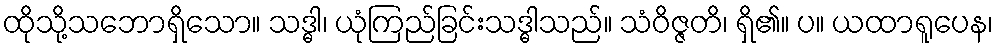
ထိုသို့သဘောရှိသော။ သဒ္ဓါ၊ ယုံကြည်ခြင်းသဒ္ဓါသည်။ သံဝိဇ္ဇတိ၊ ရှိ၏။ ပ။ ယထာရူပေန၊